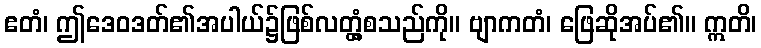
ဧတံ၊ ဤဒေဝဒတ်၏အပါယ်၌ဖြစ်လတ္တံ့စသည်ကို။ ဗျာကတံ၊ ဖြေဆိုအပ်၏။ ဣတိ၊